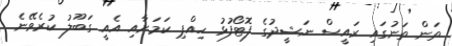
ތަން ތަނުގައި ރައީސް ނަޝީދުގެ ފޮޓޯފުޅު ހިއްޕި ކަމަށާއި އެއީ ގަބޫލު ކުރެވޭނެ